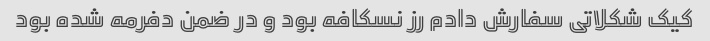
کیک شکلاتی سفارش دادم رز نسکافه بود و در ضمن دفرمه شده بود